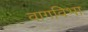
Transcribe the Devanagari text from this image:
वागविभा